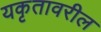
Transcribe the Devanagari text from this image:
यकृतावरील